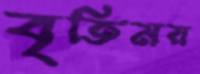
বৃতিময়